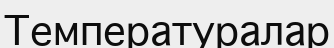
Температуралар